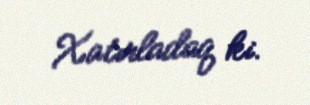
Xatırladaq ki.